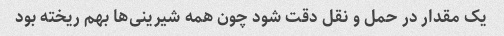
یک مقدار در حمل و نقل دقت شود چون همه شیرینی‌ها بهم ریخته بود